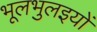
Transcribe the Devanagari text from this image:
भूलभुलइयों